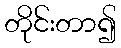
တိုင်းတာ၍